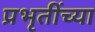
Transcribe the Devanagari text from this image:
प्रभृतींच्या